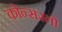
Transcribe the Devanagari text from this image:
कोन्सरतो